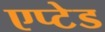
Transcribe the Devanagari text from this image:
एप्टेड